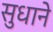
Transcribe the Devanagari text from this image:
सुधाने